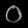
Digit: ၀